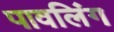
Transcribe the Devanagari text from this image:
पावलिंग